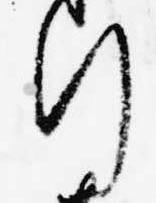
行